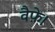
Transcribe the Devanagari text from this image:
वैफ़े।